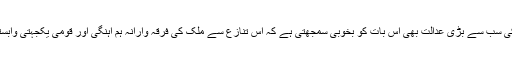
ملک کی سب سے بڑی عدالت بھی اس بات کو بخوبی سمجھتی ہے کہ اس تنازع سے ملک کی فرقہ وارانہ ہم آہنگی اور قومی یکجہتی وابستہ ہے۔